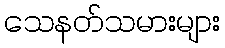
သေနတ်သမားများ